Vaccination in Bombay 1889-1901 - 1889-1901
Year: 1889
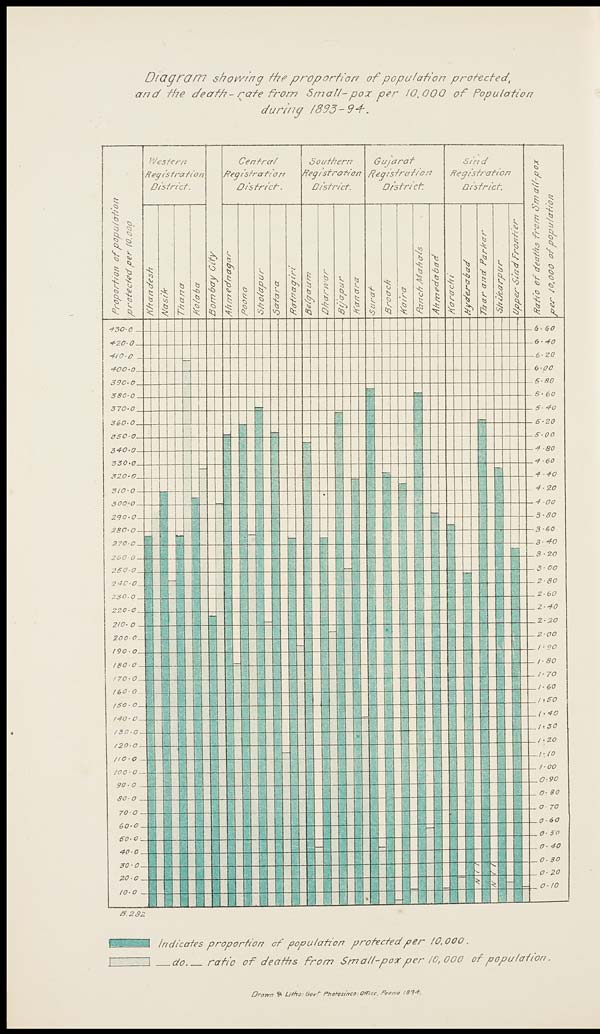
Diagram
showing the proportion
of population
protected,
and the death - rate from Small- pox per 10,000 of
Population
during
1893-94.